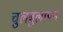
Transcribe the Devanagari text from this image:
चुलबुलापन